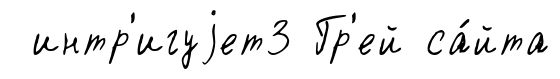
интр'игуjет3 Гр'ей са́йта